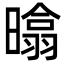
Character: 㬛